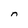
Character: n